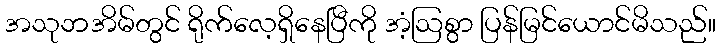
အသုဘအိမ်တွင် ရိုက်လေ့ရှိနေပြီကို အံ့ဩစွာ ပြန်မြင်ယောင်မိသည်။